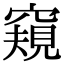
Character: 窺